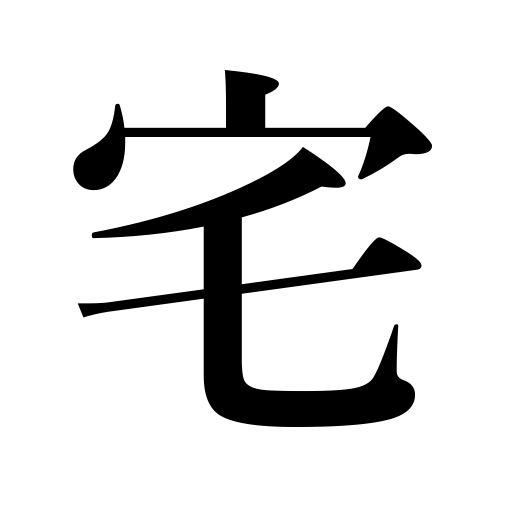
Meanings: house,our home,home,residence,my husband